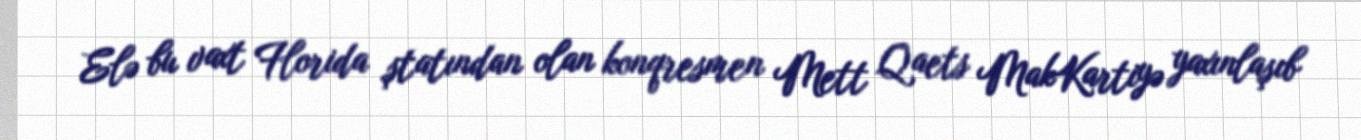
Elə bu vaxt Florida ştatından olan konqresmen Mett Qaets MakKartiyə yaxınlaşıb